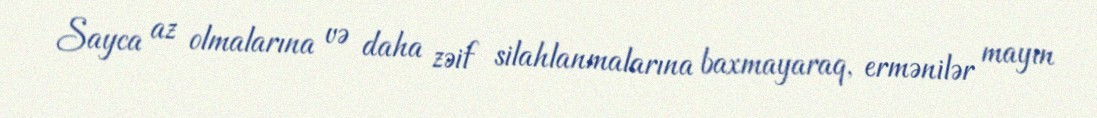
Sayca az olmalarına və daha zəif silahlanmalarına baxmayaraq, ermənilər mayın